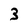
Character: 3